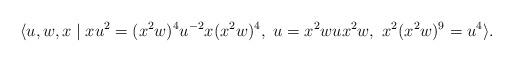
LaTeX: \begin{align*}\langle{u,w,x}\mid{xu^2=(x^2w)^4u^{-2}x(x^2w)^4},~u=x^2wux^2w,~x^2(x^2w)^9=u^4\rangle.\end{align*}